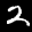
Label: 2